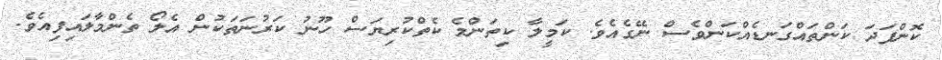
ކޮންފަދަ ކަންތައްގަނޑެއްކަންވެސް ނޭގެއެވެ. ކަމީލާ ކިތަންމެ ކެތްކުރިޔަސް ހޫނު ކަރުނަތަކުން އެލޯ ތެންމާލައިފިއެވެ.